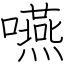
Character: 嚥